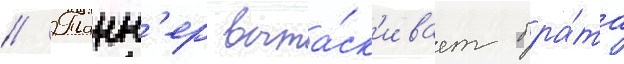
// Танн'ер выта́ск'ивает бра́та